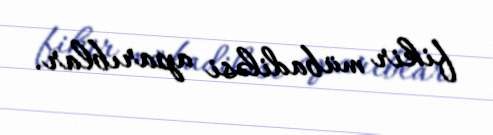
fikir mübadiləsi aparıblar.